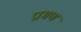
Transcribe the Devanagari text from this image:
प्रामण